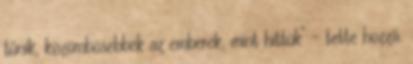
tűnik, közömbösebbek az emberek, mint hittük" - tette hozzá.